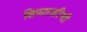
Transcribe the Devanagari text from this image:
शिफारशींची